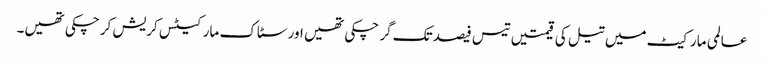
عالمی مارکیٹ میں تیل کی قیمتیں تیس فیصد تک گر چکی تھیں اور سٹاک مارکیٹس کریش کر چکی تھیں۔